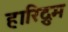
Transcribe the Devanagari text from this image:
हारिद्रुम